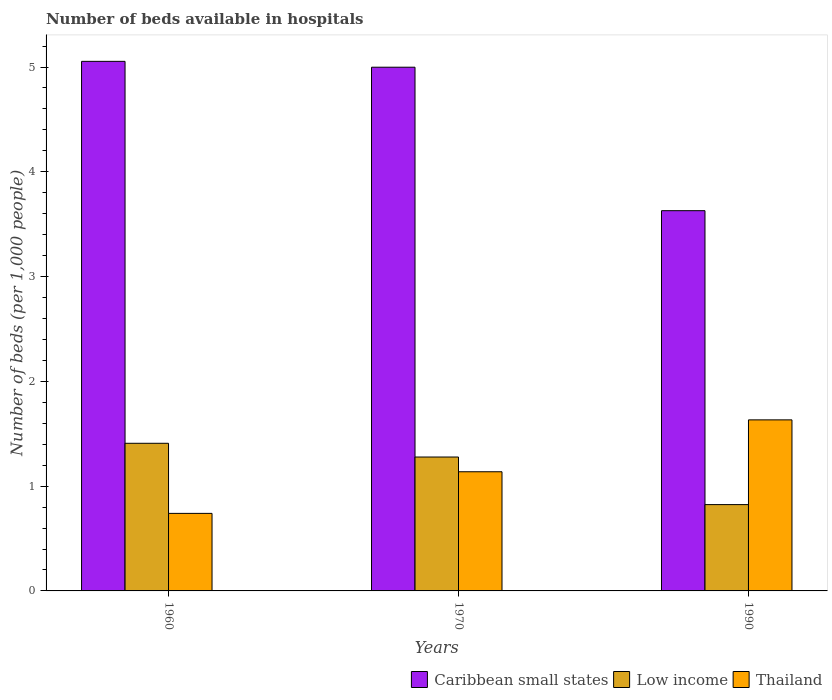
| Years | Caribbean small states | Low income | Thailand |
 | --- | --- | --- | --- |
 | 1960 | 5.05 | 1.41 | 0.74 |
 | 1970 | 5 | 1.28 | 1.14 |
 | 1990 | 3.63 | 0.824 | 1.63 |